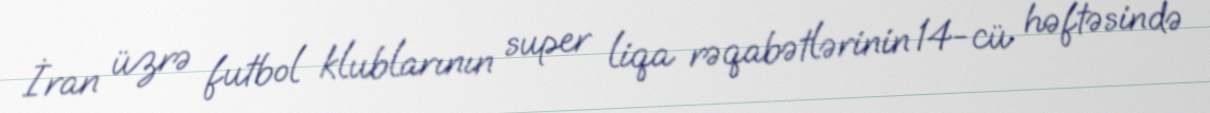
İran üzrə futbol klublarının super liqa rəqabətlərinin 14-cü həftəsində